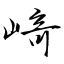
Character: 﨑